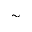
\sim